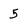
Character: 5